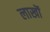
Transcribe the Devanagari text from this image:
लाखॊं